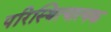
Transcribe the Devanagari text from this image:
परिस्थित्यात्मक